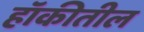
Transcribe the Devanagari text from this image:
हॉकीतील